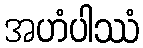
အဟံပါဿံ